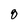
Character: 8